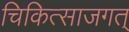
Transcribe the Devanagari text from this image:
चिकित्साजगत्